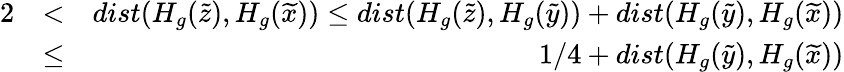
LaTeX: \begin{array}{rlr}{2}&{<}&{dist(H_{g}(\widetilde{z}),H_{g}(\widetilde{x}))\leq dist(H_{g}(\widetilde{z}),H_{g}(\widetilde{y}))+dist(H_{g}(\widetilde{y}),H_{g}(\widetilde{x}))}\\ &{\leq}&{1/4+dist(H_{g}(\widetilde{y}),H_{g}(\widetilde{x}))}\end{array}